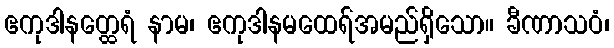
ဧကုဒါနတ္ထေရံ နာမ၊ ဧကုဒါနမထေရ်အမည်ရှိသော။ ခီဏာသဝံ၊